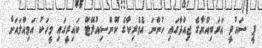
ޕީ ސައުދީ އަރަބިއްޔާގެ ޖިއްދާގައި ހުންނަ އެމެރިކާގެ ކޮންސިއުލޭޓް ކައިރީގައި މީހަކު އަމިއްލައަށް